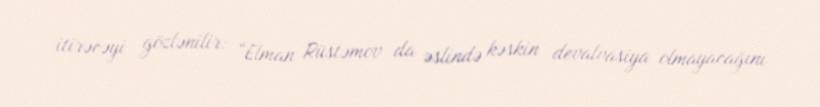
itirəcəyi gözlənilir: “Elman Rüstəmov da əslində kəskin devalvasiya olmayacağını